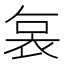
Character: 𮕷